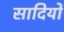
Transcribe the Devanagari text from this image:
सादियों